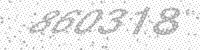
Solution: 860318